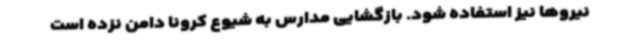
نیروها نیز استفاده شود. بازگشایی مدارس به شیوع کرونا دامن نزده است